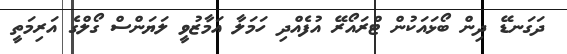
ދަގަނޑޭ ދިން ބޯޅައަކުން ޓްރައޯރޭ އުފެއްދި ހަމަލާ އަމާޒުވީ ލަޔަންސް ގޯލްގެ އަރިމަތީ